Vaccination United Provinces of Agra and Oudh 1923-1928 - 1923-1928
Year: 1923
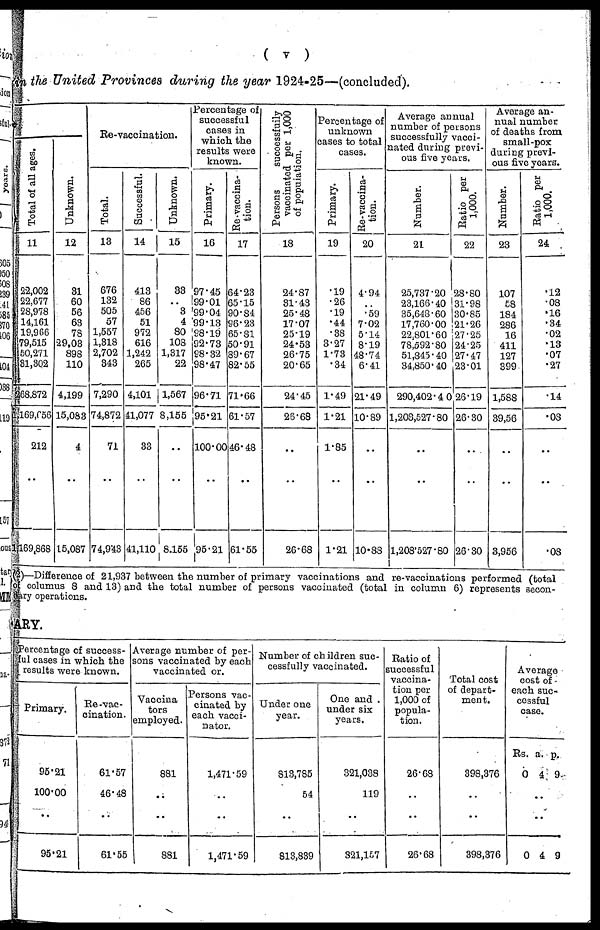
( v )
in the United Provinces during the year 1924-25—(concluded).
Total of all ages.
11
22,002
22,677
28,978
14,161
19,966
79,515
50,271
31,302
268,872
1,169,656
212
..
1,169,868
Unknown.
12
31
60
56
63
78
29,03
898
110
4,199
15,083
4
..
15,087
Re-vaccination.
Total.
13
676
132
505
57
1,557
1,318
2,702
343
7,290
74,872
71
..
74,943
Successful.
14
413
86
456
51
972
616
1,242
265
4,101
41,077
33
..
41,110
Unknown.
15
33
..
3
4
80
108
1,317
22
1,567
8,155
..
..
8,155
Percentage of
successful
cases in
which the
results were
known.
Primary.
16
97.45
99.01
99.04
99.13
98.19
92.73
98.32
98.47
96.71
95.21
100.00
..
95.21
Re-vaccina-
tion.
17
64.23
65.15
90.84
96.23
65.81
50.91
89.67
82.55
71.66
61.57
46.48
..
61.55
Persons
successfully
vaccinated per 1,000
of population.
18
24.87
31.43
25.48
17.07
25.19
24.53
26.75
20.65
24.45
25.68
..
..
26.68
Percentage of
unknown
cases to total
cases.
Primary.
19
.19
.26
.19
.44
.38
3.27
1.73
.34
1.49
1.21
1.85
1.21
Re-vaccina-
tion.
20
4.94
..
.59
7.02
5.14
8.19
48.74
6.41
21.49
10.89
..
..
10.88
Average annual
number of persons
successfully vacci-
nated during previ-
ous five years.
Number.
21
25,737.20
23,166.40
35,648.60
17,760.00
22,801.60
78,592.80
51,845.40
34,850.40
290,402.40
1,208,527.80
..
..
1,208,527.80
Ratio per
1,000.
22
28.80
31.98
30.85
21.26
27.25
24.25
27.47
23.01
26.19
26.30
..
..
26.30
Average an-
nual number
of deaths from
small-pox
during previ-
ous five years.
Number.
23
107
58
184
286
16
411
127
399
1,588
39,56
..
..
3,956
Ratio per
1,000.
24
.12
.08
.16
.34
.02
.13
.07
.27
.14
.08
..
..
.08
(2)—Difference of 21,937 between the number of primary vaccinations and re-vaccinations performed (total
columns 8 and 13) and the total number of persons vaccinated (total in column 6) represents secon¬
dary operations.
RY.
Percentage of success-
ful cases in which the
results were known.
Primary.
95.21
100.00
..
95.21
Re-vac-
cination.
61.57
46.48
..
61.55
Average number of per-
sons vaccinated by each
vaccinated or.
Vaccina¬
tors
employed.
881
..
..
881
Persons vac-
cinated by
each vacci-
nater.
1,471.59
..
..
1,471.59
Number of children suc-
cessfully vaccinated.
Under one
year.
813,785
54
..
813,839
One and .
under six
years.
321,038
119
..
321,157
Ratio of
successful
vaccina-
tion per
1,000 of
popula-
tion.
26.68
..
..
26.68
Total cost
of depart-
ment.
398,376
..
..
398,376
Average
cost of
each suc-
cessful
case.
Rs.
0
a.
4
p.
9
..
..
0 4 9